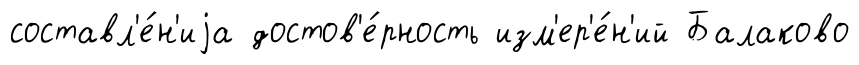
составл'е́н'иjа достов'е́рность изм'ер'е́н'ий Балаково